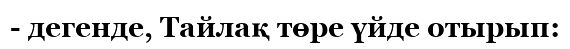
- дегенде, Тайлақ төре үйде отырып: